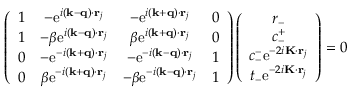
\begin{array} { r } { \left( \begin{array} { c c c c } { 1 } & { - \mathrm { e } ^ { i ( \mathbf { k } - \mathbf { q } ) \cdot \mathbf { r } _ { j } } } & { - \mathrm { e } ^ { i ( \mathbf { k } + \mathbf { q } ) \cdot \mathbf { r } _ { j } } } & { 0 } \\ { 1 } & { - \beta \mathrm { e } ^ { i ( \mathbf { k } - \mathbf { q } ) \cdot \mathbf { r } _ { j } } } & { \beta \mathrm { e } ^ { i ( \mathbf { k } + \mathbf { q } ) \cdot \mathbf { r } _ { j } } } & { 0 } \\ { 0 } & { - \mathrm { e } ^ { - i ( \mathbf { k } + \mathbf { q } ) \cdot \mathbf { r } _ { j } } } & { - \mathrm { e } ^ { - i ( \mathbf { k } - \mathbf { q } ) \cdot \mathbf { r } _ { j } } } & { 1 } \\ { 0 } & { \beta \mathrm { e } ^ { - i ( \mathbf { k } + \mathbf { q } ) \cdot \mathbf { r } _ { j } } } & { - \beta \mathrm { e } ^ { - i ( \mathbf { k } - \mathbf { q } ) \cdot \mathbf { r } _ { j } } } & { 1 } \end{array} \right) \left( \begin{array} { c } { r _ { - } } \\ { c _ { - } ^ { + } } \\ { c _ { - } ^ { - } \mathrm { e } ^ { - 2 i \mathbf { K } \cdot \mathbf { r } _ { j } } } \\ { t _ { - } \mathrm { e } ^ { - 2 i \mathbf { K } \cdot \mathbf { r } _ { j } } } \end{array} \right) = 0 } \end{array}